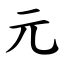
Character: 元